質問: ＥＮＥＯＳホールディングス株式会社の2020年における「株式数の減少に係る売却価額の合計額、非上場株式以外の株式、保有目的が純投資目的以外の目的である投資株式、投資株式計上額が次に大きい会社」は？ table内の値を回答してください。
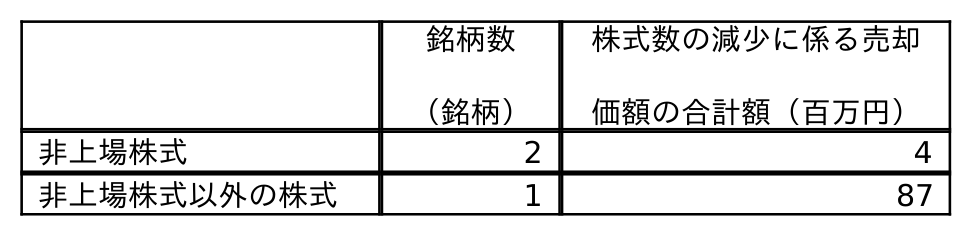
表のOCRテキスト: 銘柄数 （銘柄） 株式数の減少に係る売却 価額の合計額（百万円） 非上場株式 2 4 非上場株式以外の株式 1 87
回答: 87